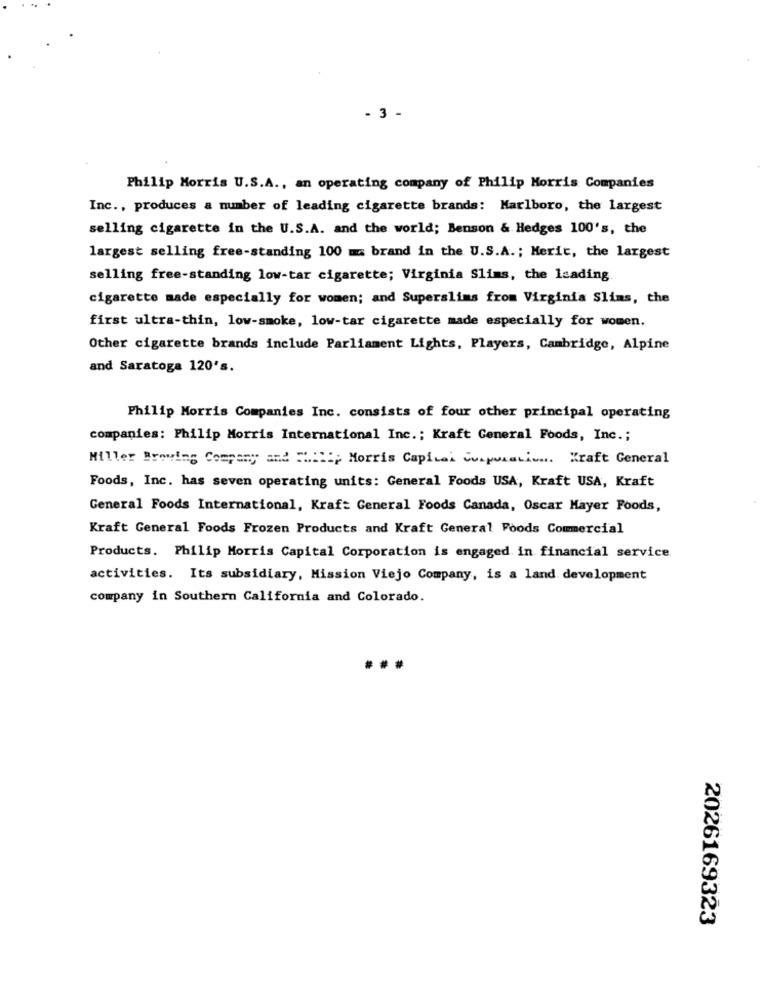
- 3 -
Philip Morris U.S.A ., an operating company of Philip Morris Companies
Inc ., produces a number of leading cigarette brands: Marlboro, the largest
selling cigarette in the U.S.A. and the world; Benson & Hedges 100's, the
largest selling free-standing 100 ma brand in the U.S.A. ; Merit, the largest
selling free-standing low-tar cigarette; Virginia Slims, the leading.
cigarette made especially for women; and Superslims from Virginia Slims, the
first ultra-thin, low-smoke, low-tar cigarette made especially for women.
Other cigarette brands include Parliament Lights, Players, Cambridge, Alpine
and Saratoga 120's.
Philip Morris Companies Inc. consists of four other principal operating
companies: Philip Morris International Inc .; Kraft General Foods, Inc .;
Miller Brewing Company and Ip Morris Capital Corporation. Kraft General
Foods, Inc. has seven operating units: General Foods USA, Kraft USA, Kraft
General Foods International, Kraf: General Foods Canada, Oscar Mayer Foods,
Kraft General Foods Frozen Products and Kraft General Foods Commercial
Products. Philip Morris Capital Corporation is engaged in financial service.
activities. Its subsidiary, Mission Viejo Company, is a land development
company in Southern California and Colorado.
2026169323